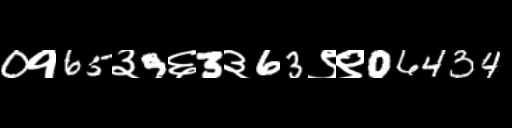
Text: 0१65३9६3३63९९06434